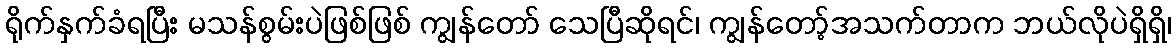
ရိုက်နှက်ခံရပြီး မသန်စွမ်းပဲဖြစ်ဖြစ် ကျွန်တော် သေပြီဆိုရင်၊ ကျွန်တော့်အသက်တာက ဘယ်လိုပဲရှိရှိ၊